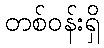
တစ်ဝန်းရှိ